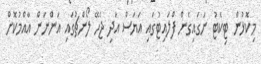
މިކޮޅުން ޓިކެޓު ނަގައިގެން ފްލައިޓުގައި އަޔަސް އަދި ޖެހޭ ލޯންޗުގައި އަންނަން އާއްމުކޮށް